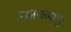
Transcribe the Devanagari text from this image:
उद्भावनाएं